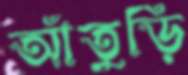
আঁতুড়ি